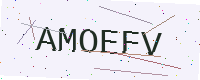
Text: AMOEFV